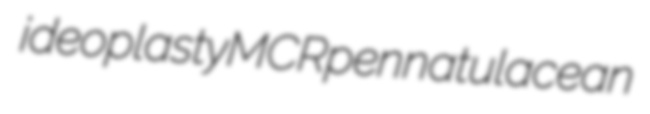
ideoplasty MCR pennatulacean